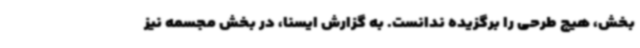
بخش، هیچ طرحی را برگزیده ندانست. به گزارش ایسنا، در بخش مجسمه نیز